system: You are a helpful assistant.
user:
Analyze the provided spectrum to determine if it is a **"Cataclysmic Variables (CV)"**.

- **Key Indicators for CV (Check for either state):**
    - **State 1: Quiescent / Low-State (Emission-Dominated)**
        - **(Primary):** Strong and *very broad* Hydrogen Balmer emission lines (e.g., $H\alpha$ at 6563 Å, $H\beta$ at 4861 Å). The 'broadness' (high velocity dispersion, often FWHM > 1000 km/s) is the key diagnostic, indicating a high-velocity accretion disk.
        - **(Secondary):** Broad neutral Helium (He I) emission lines (e.g., 5876 Å, 6678 Å).
        - **(Key Confirmation):** Presence of high-excitation *ionized* Helium (He II) emission at 4686 Å. This is a strong indicator of accretion onto a white dwarf.
        - **(Line Profile):** Emission lines may exhibit a 'double-peaked' profile, which is a classic signature of a rotating accretion disk viewed at high inclination.

    - **State 2: Outburst / High-State (Absorption-Dominated)**
        - **(Primary):** Spectrum is dominated by a bright, blue continuum (looks like a hot star).
        - **(Secondary):** The emission lines from State 1 are weak, absent, or 'filled in', and are replaced by broad, shallow *absorption* lines (primarily Balmer and He I).
        - **(Morphology):** The overall spectrum mimics a hot B/A-type star. The crucial difference is that the absorption lines are significantly broader, shallower, and more 'washed-out' (or 'smeared') than the sharp lines of a normal stellar photosphere, due to high rotational speeds and pressure broadening in the disk.

Think first, call **spectral_visualization_tool** if needed to examine features in detail, then provide your final answer. Your response must adhere to the following strict rules:
1.  **Overall Structure:** Your response must follow the format `<think>...</think> <tool_call>...</tool_call> (if a tool is used) <answer>...</answer>`.
2.  **Tool Usage Constraint:** You may only make **one** tool call per turn.
3.  **Final Answer Format:** In the `<answer>` tag, your conclusion must be inside a `\boxed{}` command (e.g., `\boxed{YES}`), followed by your justification.

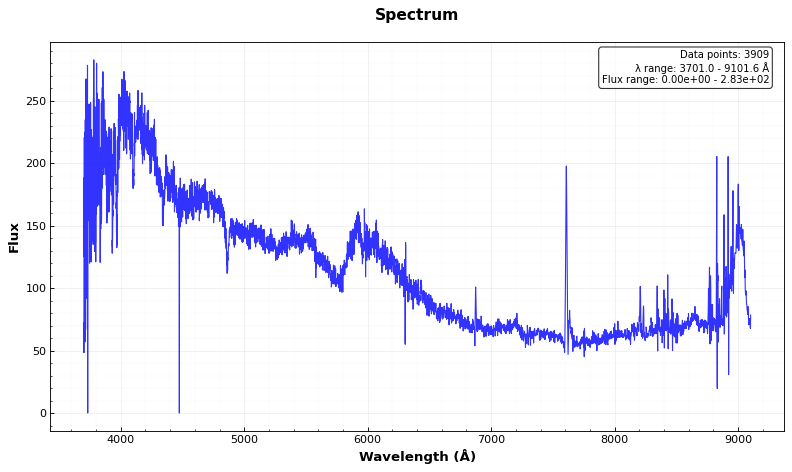
Answer: NO